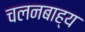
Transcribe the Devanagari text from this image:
चलनबाह्य